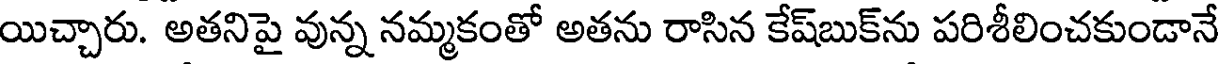
యిచ్చారు. అతనిపై వున్న నమ్మకంతో అతను రాసిన కేష్బుక్ను పరిశీలించకుండానే